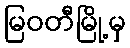
မြဝတီမြို့မှ